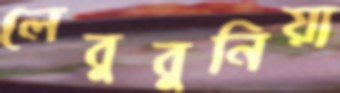
লেবুবুনিয়া